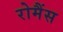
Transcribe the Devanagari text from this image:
रोमैंस